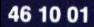
461001